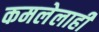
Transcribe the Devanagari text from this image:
कमलेलाही